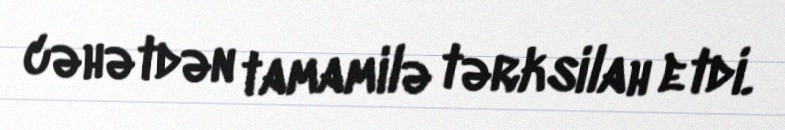
cəhətdən tamamilə tərksilah etdi.